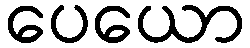
ပေယော